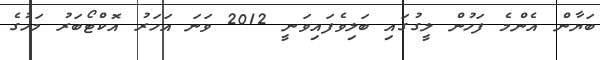
ބަޔާން އެންމެ ފަހުން ލީގުގައި ބަލިވެފައިވަނީ 2012 ވަނަ އަހަރު އޮކްޓޯބަރު މަހުގެ